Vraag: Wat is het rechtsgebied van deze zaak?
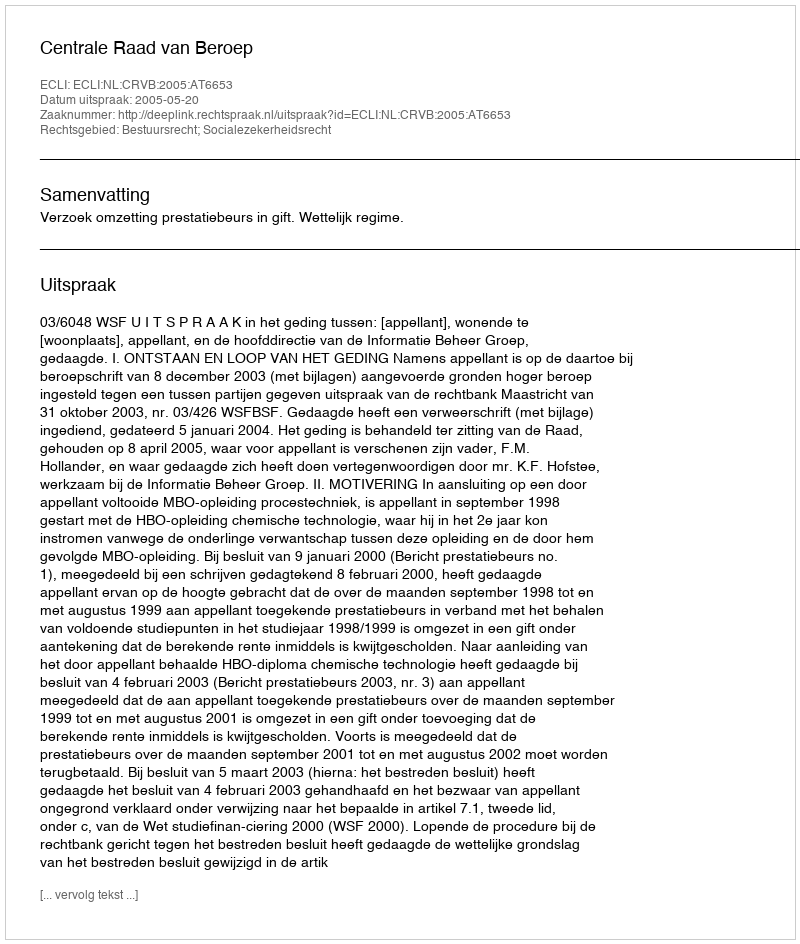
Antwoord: Bestuursrecht; Socialezekerheidsrecht